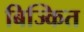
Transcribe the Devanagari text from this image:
बिज्कित